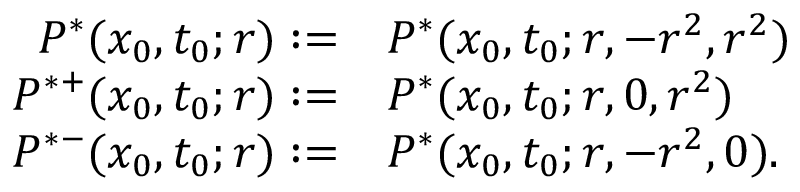
\begin{array} { r l } { P ^ { * } ( x _ { 0 } , t _ { 0 } ; r ) : = } & { P ^ { * } ( x _ { 0 } , t _ { 0 } ; r , - r ^ { 2 } , r ^ { 2 } ) } \\ { P ^ { * + } ( x _ { 0 } , t _ { 0 } ; r ) : = } & { P ^ { * } ( x _ { 0 } , t _ { 0 } ; r , 0 , r ^ { 2 } ) } \\ { P ^ { * - } ( x _ { 0 } , t _ { 0 } ; r ) : = } & { P ^ { * } ( x _ { 0 } , t _ { 0 } ; r , - r ^ { 2 } , 0 ) . } \end{array}